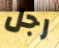
رجل